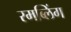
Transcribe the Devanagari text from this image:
रमब्लिंग